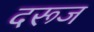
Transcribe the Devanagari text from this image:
दरूज